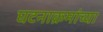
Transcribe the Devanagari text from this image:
घटनाक्रमांच्या